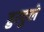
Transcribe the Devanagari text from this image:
हुल्हुले